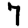
Digit: 7